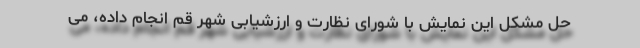
حل مشکل این نمایش با شورای نظارت و ارزشیابی شهر قم انجام داده، می